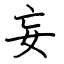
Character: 妄